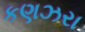
કણઝરા